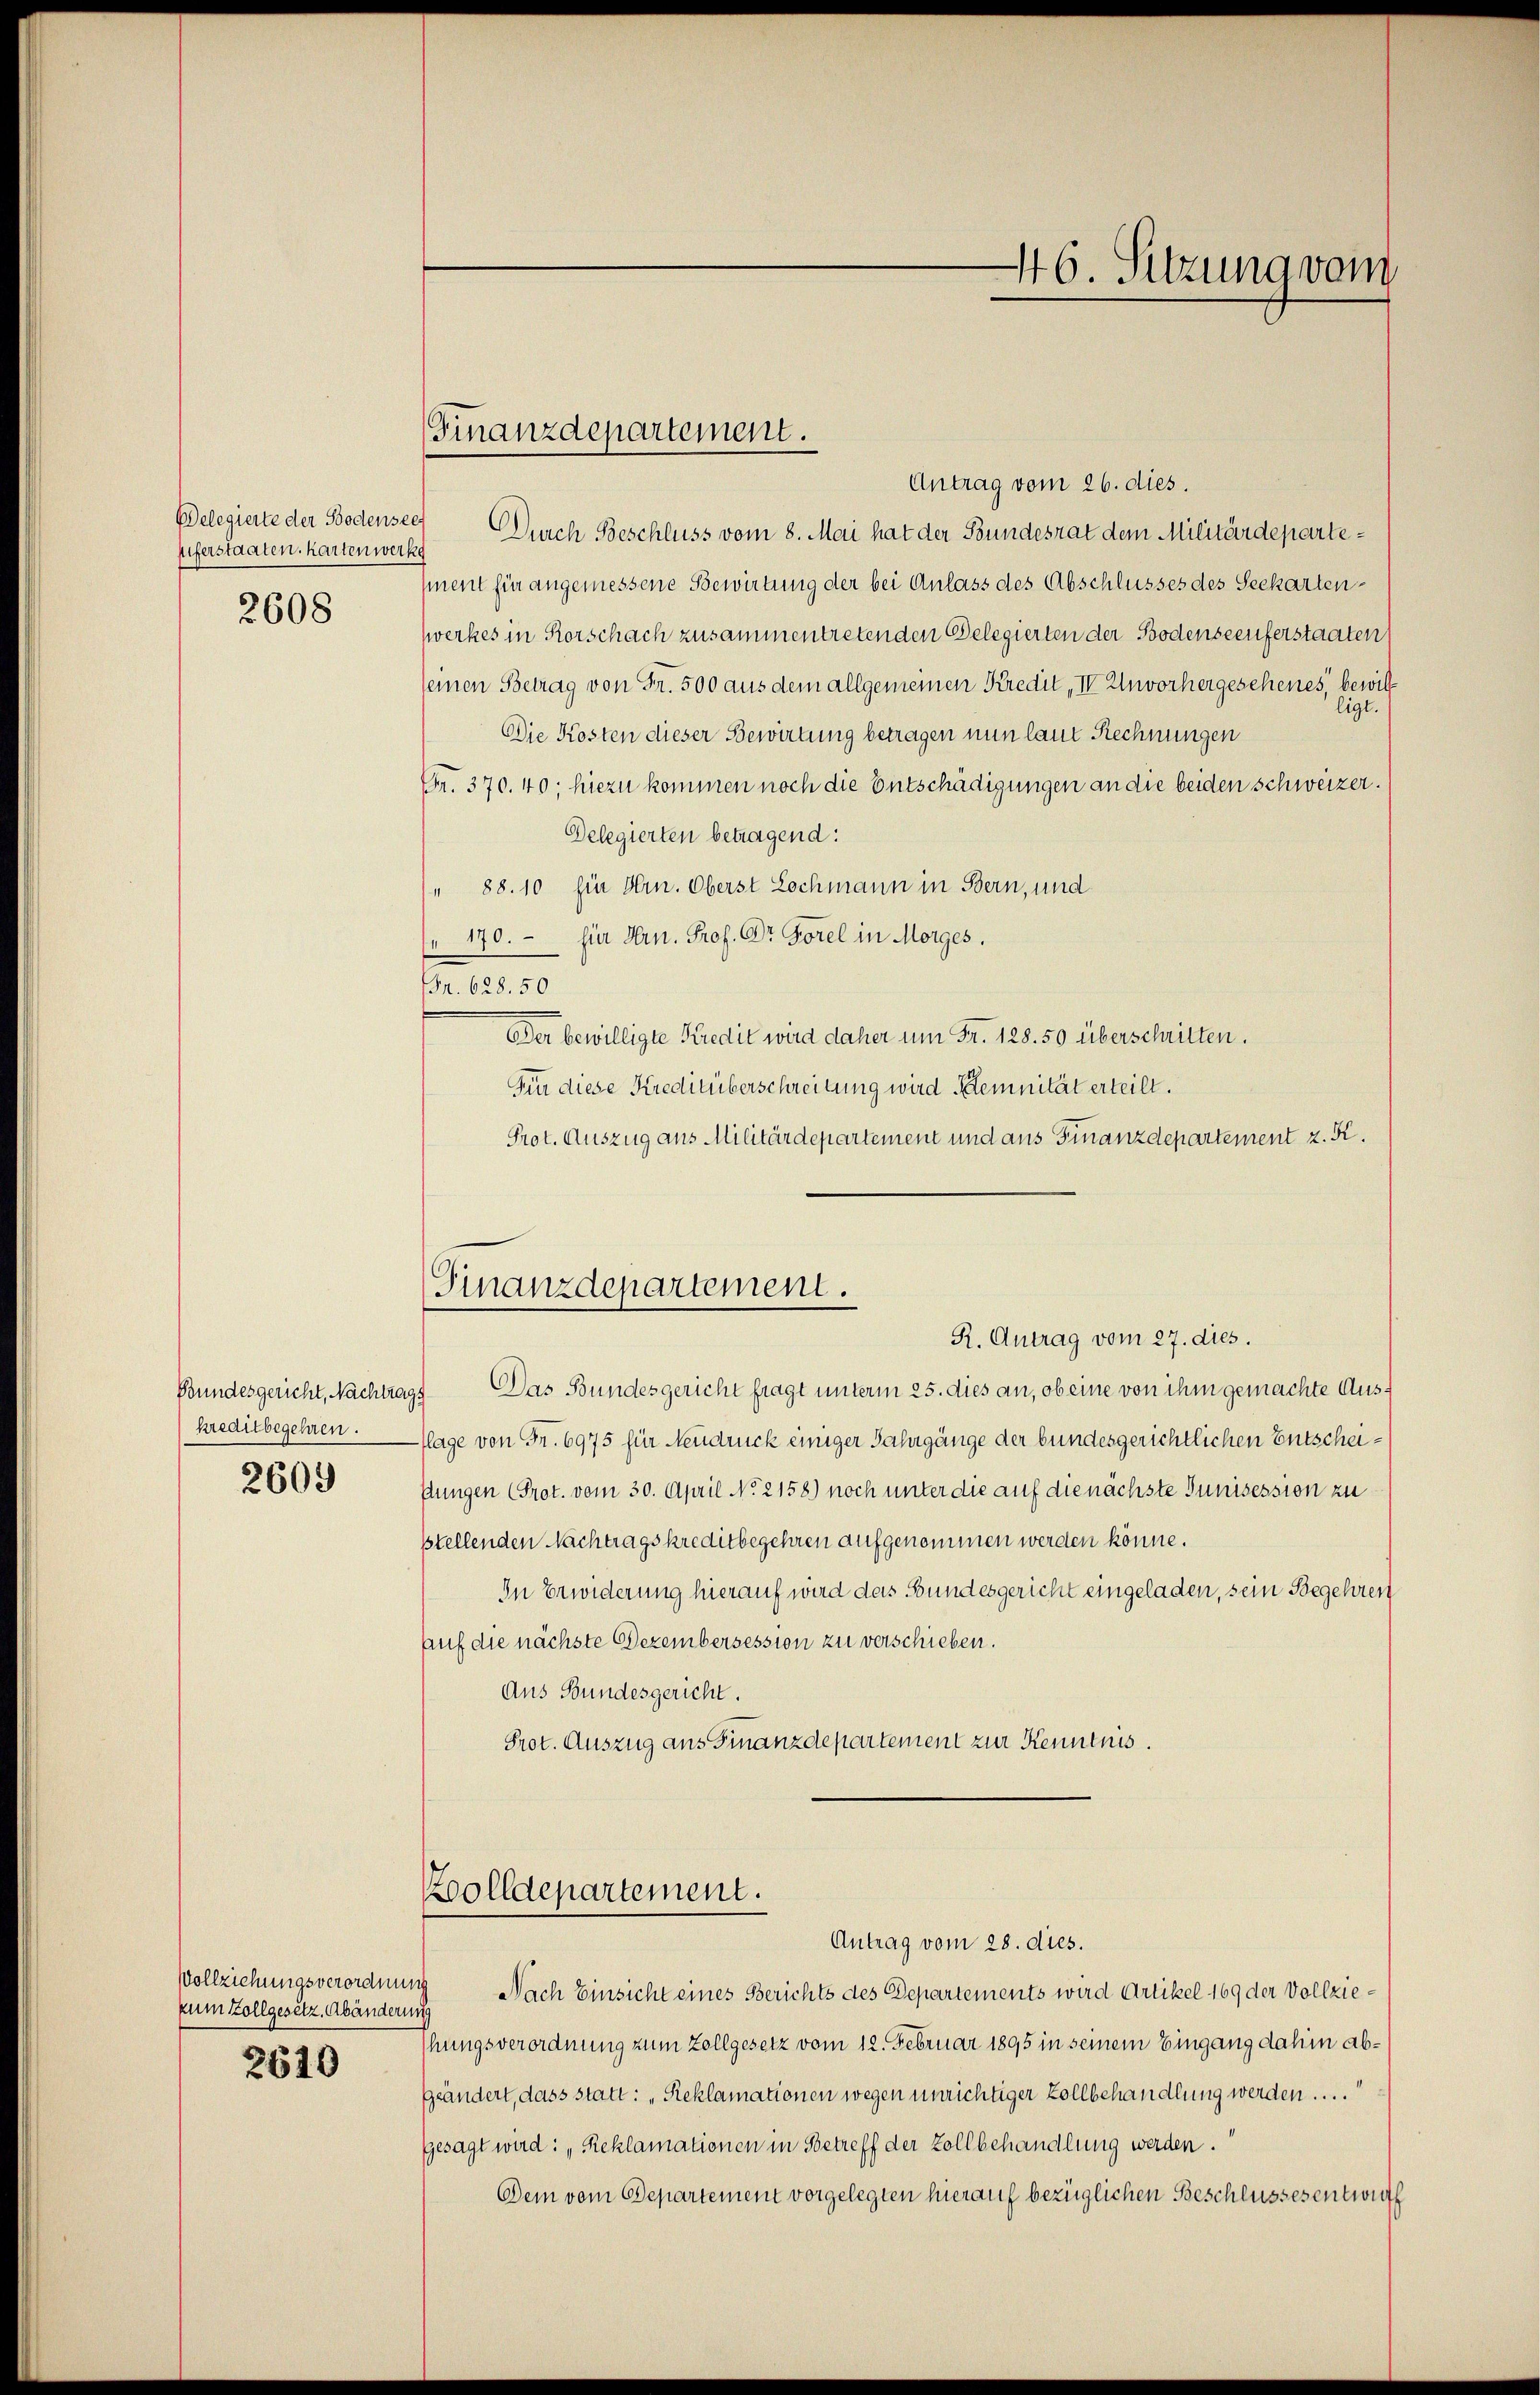
Belegierte der Bodensee
Eiferstaaten. Kartenwerke
2608

Bundesgericht, Nachtrag
kreditbegehren.
2609

Vollziehungsverordnung
zum Zollgesetz, Abänderung

2610

Finanzdepartement.

Antrag vom 26. dies.
 Durch Beschluss vom 8. Mai hat der Bundesrat dem Militärdepartement für angemessene Bewirtung der bei Anlass des Abschlusses des Seckartenzwerkes in Rorschach zusammentretenden Belegierten der Bodenseeuferstaaten
seinen Betrag von Fr. 500 aus dem allgemeinen Kredit, IV Unvorhergesehenes, bewill
li
t.
Die Kosten dieser Bewirtung betragen nun laut Rechnungen
Fr. 370. 40; hiezu kommen noch die Entschädigungen an die beiden Schweizer.
Delegierten betragend:
" 88. 10 Ein Hrn. Oberst Lochmann in Bern, und
" 170. für Hrn. Prof. Dr. Gorel in Morges.
Fr. 628. 50
Der bewilligte Kredit wird daher um Fr. 128. 50 überschritten.
Fin diese Kreditüberschreitung wird Stemnität erteilt.
Prot. Auszug aus Militärdepartement und aus Finanzdepartement z. B.
Finanzdepartement.
R. Antrag vom 27. dies.
Das Bundesgericht fragt unterm 25. dies an, ob eine von ihm gemachte Ausflage von Fr. 6975 für Neudruck einiger Jahrgänge der bundesgerichtlichen Entschei¬
Jungen (Prot. vom 30. April No 2158) noch unter die auf die nächste Junisession zu
sstellenden Nachtragskreditbegehren aufgenommen werden könne.
In Erwiderung hierauf wird das Bundesgericht eingeladen, sein Begehren
auf die nächste Dezembersession zu verschieben.
Aus Bundesgericht.
Prot. Auszug aus Finanzdepartement zur Kenntnis.

Zolldepartement.
Antrag vom 28. dies.

46. Sitzung vom

Nach Einsicht eines Berichts des Departements wird Artikel 169 der Vollziehungsverordnung zum Zollgesetz vom 12. Februar 1895 in seinem Eingang dahin abgeändert, dass statt: „Reklamationen wegen unrichtiger Zollbehandlung werden....
gesagt wird: „Reklamationen in Betreff der Zollbehandlung werden.
Dem vom Departement vorgelegten hierauf bezüglichen Beschlussesentwurf